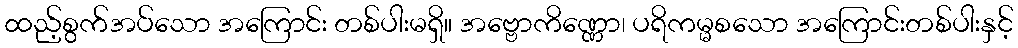
ထည့်စွက်အပ်သော အကြောင်း တစ်ပါးမရှိ။ အဗ္ဗောကိဏ္ဏော၊ ပရိကမ္မစသော အကြောင်းတစ်ပါးနှင့်